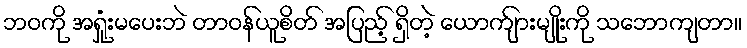
ဘဝကို အရှုံးမပေးဘဲ တာဝန်ယူစိတ် အပြည့် ရှိတဲ့ ယောက်ျားမျိုးကို သဘောကျတာ။